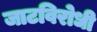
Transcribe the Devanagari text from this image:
जाटविरोधी